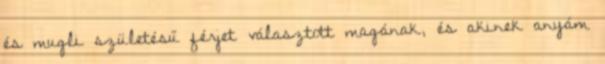
és mugli születésű férjet választott magának, és akinek anyám